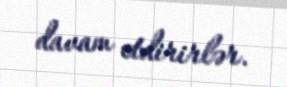
davam etdirirlər.